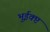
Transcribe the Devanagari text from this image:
भुईक्प्ट